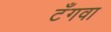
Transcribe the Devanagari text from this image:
टँगवा